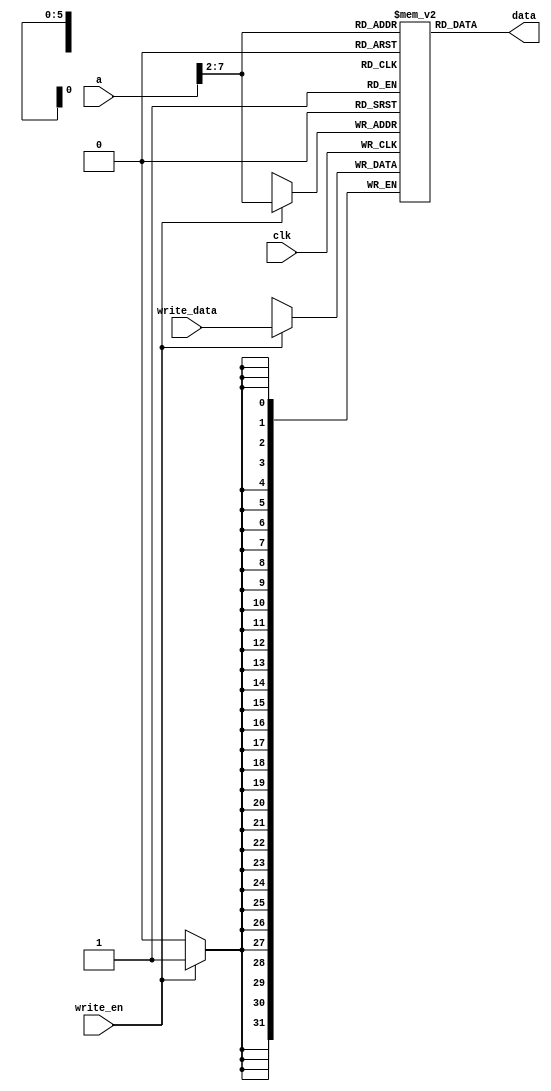
module DataMem(
    input  clk, write_en,
    input [31:0] a, write_data,
    output [31:0] data
);

  reg [31:0] RAM[63:0];

  assign data = RAM[a[7:2]]; // word aligend

  always @(posedge clk) begin
    if (write_en) begin
        RAM[a[7:2]] <= write_data;
    end
  end
endmodule